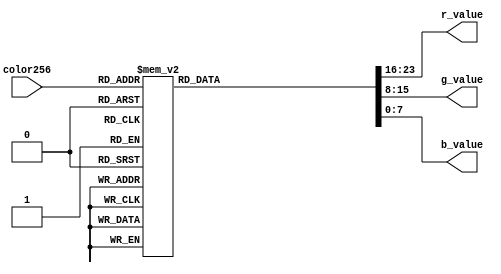
module ColorConverter (
    input wire[7:0] color256,

    output wire [7:0] r_value,
    output wire [7:0] g_value,
    output wire [7:0] b_value
);

    reg [23:0] color_24_bit;

    assign r_value = color_24_bit[23:16];
    assign g_value = color_24_bit[15:8];
    assign b_value = color_24_bit[7:0];

    always @(*) begin
        case (color256)
            0: color_24_bit = 24'hffffff;
            1: color_24_bit = 24'hffffcc;
            2: color_24_bit = 24'hffff99;
            3: color_24_bit = 24'hffff66;
            4: color_24_bit = 24'hffff33;
            5: color_24_bit = 24'hffff00;
            6: color_24_bit = 24'hffccff;
            7: color_24_bit = 24'hffcccc;
            8: color_24_bit = 24'hffcc99;
            9: color_24_bit = 24'hffcc66;
            10: color_24_bit = 24'hffcc33;
            11: color_24_bit = 24'hffcc00;
            12: color_24_bit = 24'hff99ff;
            13: color_24_bit = 24'hff99cc;
            14: color_24_bit = 24'hff9999;
            15: color_24_bit = 24'hff9966;
            16: color_24_bit = 24'hff9933;
            17: color_24_bit = 24'hff9900;
            18: color_24_bit = 24'hff66ff;
            19: color_24_bit = 24'hff66cc;
            20: color_24_bit = 24'hff6699;
            21: color_24_bit = 24'hff6666;
            22: color_24_bit = 24'hff6633;
            23: color_24_bit = 24'hff6600;
            24: color_24_bit = 24'hff33ff;
            25: color_24_bit = 24'hff33cc;
            26: color_24_bit = 24'hff3399;
            27: color_24_bit = 24'hff3366;
            28: color_24_bit = 24'hff3333;
            29: color_24_bit = 24'hff3300;
            30: color_24_bit = 24'hff00ff;
            31: color_24_bit = 24'hff00cc;
            32: color_24_bit = 24'hff0099;
            33: color_24_bit = 24'hff0066;
            34: color_24_bit = 24'hff0033;
            35: color_24_bit = 24'hff0000;
            36: color_24_bit = 24'hccffff;
            37: color_24_bit = 24'hccffcc;
            38: color_24_bit = 24'hccff99;
            39: color_24_bit = 24'hccff66;
            40: color_24_bit = 24'hccff33;
            41: color_24_bit = 24'hccff00;
            42: color_24_bit = 24'hccccff;
            43: color_24_bit = 24'hcccccc;
            44: color_24_bit = 24'hcccc99;
            45: color_24_bit = 24'hcccc66;
            46: color_24_bit = 24'hcccc33;
            47: color_24_bit = 24'hcccc00;
            48: color_24_bit = 24'hcc99ff;
            49: color_24_bit = 24'hcc99cc;
            50: color_24_bit = 24'hcc9999;
            51: color_24_bit = 24'hcc9966;
            52: color_24_bit = 24'hcc9933;
            53: color_24_bit = 24'hcc9900;
            54: color_24_bit = 24'hcc66ff;
            55: color_24_bit = 24'hcc66cc;
            56: color_24_bit = 24'hcc6699;
            57: color_24_bit = 24'hcc6666;
            58: color_24_bit = 24'hcc6633;
            59: color_24_bit = 24'hcc6600;
            60: color_24_bit = 24'hcc33ff;
            61: color_24_bit = 24'hcc33cc;
            62: color_24_bit = 24'hcc3399;
            63: color_24_bit = 24'hcc3366;
            64: color_24_bit = 24'hcc3333;
            65: color_24_bit = 24'hcc3300;
            66: color_24_bit = 24'hcc00ff;
            67: color_24_bit = 24'hcc00cc;
            68: color_24_bit = 24'hcc0099;
            69: color_24_bit = 24'hcc0066;
            70: color_24_bit = 24'hcc0033;
            71: color_24_bit = 24'hcc0000;
            72: color_24_bit = 24'h99ffff;
            73: color_24_bit = 24'h99ffcc;
            74: color_24_bit = 24'h99ff99;
            75: color_24_bit = 24'h99ff66;
            76: color_24_bit = 24'h99ff33;
            77: color_24_bit = 24'h99ff00;
            78: color_24_bit = 24'h99ccff;
            79: color_24_bit = 24'h99cccc;
            80: color_24_bit = 24'h99cc99;
            81: color_24_bit = 24'h99cc66;
            82: color_24_bit = 24'h99cc33;
            83: color_24_bit = 24'h99cc00;
            84: color_24_bit = 24'h9999ff;
            85: color_24_bit = 24'h9999cc;
            86: color_24_bit = 24'h999999;
            87: color_24_bit = 24'h999966;
            88: color_24_bit = 24'h999933;
            89: color_24_bit = 24'h999900;
            90: color_24_bit = 24'h9966ff;
            91: color_24_bit = 24'h9966cc;
            92: color_24_bit = 24'h996699;
            93: color_24_bit = 24'h996666;
            94: color_24_bit = 24'h996633;
            95: color_24_bit = 24'h996600;
            96: color_24_bit = 24'h9933ff;
            97: color_24_bit = 24'h9933cc;
            98: color_24_bit = 24'h993399;
            99: color_24_bit = 24'h993366;
            100: color_24_bit = 24'h993333;
            101: color_24_bit = 24'h993300;
            102: color_24_bit = 24'h9900ff;
            103: color_24_bit = 24'h9900cc;
            104: color_24_bit = 24'h990099;
            105: color_24_bit = 24'h990066;
            106: color_24_bit = 24'h990033;
            107: color_24_bit = 24'h990000;
            108: color_24_bit = 24'h66ffff;
            109: color_24_bit = 24'h66ffcc;
            110: color_24_bit = 24'h66ff99;
            111: color_24_bit = 24'h66ff66;
            112: color_24_bit = 24'h66ff33;
            113: color_24_bit = 24'h66ff00;
            114: color_24_bit = 24'h66ccff;
            115: color_24_bit = 24'h66cccc;
            116: color_24_bit = 24'h66cc99;
            117: color_24_bit = 24'h66cc66;
            118: color_24_bit = 24'h66cc33;
            119: color_24_bit = 24'h66cc00;
            120: color_24_bit = 24'h6699ff;
            121: color_24_bit = 24'h6699cc;
            122: color_24_bit = 24'h669999;
            123: color_24_bit = 24'h669966;
            124: color_24_bit = 24'h669933;
            125: color_24_bit = 24'h669900;
            126: color_24_bit = 24'h6666ff;
            127: color_24_bit = 24'h6666cc;
            128: color_24_bit = 24'h666699;
            129: color_24_bit = 24'h666666;
            130: color_24_bit = 24'h666633;
            131: color_24_bit = 24'h666600;
            132: color_24_bit = 24'h6633ff;
            133: color_24_bit = 24'h6633cc;
            134: color_24_bit = 24'h663399;
            135: color_24_bit = 24'h663366;
            136: color_24_bit = 24'h663333;
            137: color_24_bit = 24'h663300;
            138: color_24_bit = 24'h6600ff;
            139: color_24_bit = 24'h6600cc;
            140: color_24_bit = 24'h660099;
            141: color_24_bit = 24'h660066;
            142: color_24_bit = 24'h660033;
            143: color_24_bit = 24'h660000;
            144: color_24_bit = 24'h33ffff;
            145: color_24_bit = 24'h33ffcc;
            146: color_24_bit = 24'h33ff99;
            147: color_24_bit = 24'h33ff66;
            148: color_24_bit = 24'h33ff33;
            149: color_24_bit = 24'h33ff00;
            150: color_24_bit = 24'h33ccff;
            151: color_24_bit = 24'h33cccc;
            152: color_24_bit = 24'h33cc99;
            153: color_24_bit = 24'h33cc66;
            154: color_24_bit = 24'h33cc33;
            155: color_24_bit = 24'h33cc00;
            156: color_24_bit = 24'h3399ff;
            157: color_24_bit = 24'h3399cc;
            158: color_24_bit = 24'h339999;
            159: color_24_bit = 24'h339966;
            160: color_24_bit = 24'h339933;
            161: color_24_bit = 24'h339900;
            162: color_24_bit = 24'h3366ff;
            163: color_24_bit = 24'h3366cc;
            164: color_24_bit = 24'h336699;
            165: color_24_bit = 24'h336666;
            166: color_24_bit = 24'h336633;
            167: color_24_bit = 24'h336600;
            168: color_24_bit = 24'h3333ff;
            169: color_24_bit = 24'h3333cc;
            170: color_24_bit = 24'h333399;
            171: color_24_bit = 24'h333366;
            172: color_24_bit = 24'h333333;
            173: color_24_bit = 24'h333300;
            174: color_24_bit = 24'h3300ff;
            175: color_24_bit = 24'h3300cc;
            176: color_24_bit = 24'h330099;
            177: color_24_bit = 24'h330066;
            178: color_24_bit = 24'h330033;
            179: color_24_bit = 24'h330000;
            180: color_24_bit = 24'h00ffff;
            181: color_24_bit = 24'h00ffcc;
            182: color_24_bit = 24'h00ff99;
            183: color_24_bit = 24'h00ff66;
            184: color_24_bit = 24'h00ff33;
            185: color_24_bit = 24'h00ff00;
            186: color_24_bit = 24'h00ccff;
            187: color_24_bit = 24'h00cccc;
            188: color_24_bit = 24'h00cc99;
            189: color_24_bit = 24'h00cc66;
            190: color_24_bit = 24'h00cc33;
            191: color_24_bit = 24'h00cc00;
            192: color_24_bit = 24'h0099ff;
            193: color_24_bit = 24'h0099cc;
            194: color_24_bit = 24'h009999;
            195: color_24_bit = 24'h009966;
            196: color_24_bit = 24'h009933;
            197: color_24_bit = 24'h009900;
            198: color_24_bit = 24'h0066ff;
            199: color_24_bit = 24'h0066cc;
            200: color_24_bit = 24'h006699;
            201: color_24_bit = 24'h006666;
            202: color_24_bit = 24'h006633;
            203: color_24_bit = 24'h006600;
            204: color_24_bit = 24'h0033ff;
            205: color_24_bit = 24'h0033cc;
            206: color_24_bit = 24'h003399;
            207: color_24_bit = 24'h003366;
            208: color_24_bit = 24'h003333;
            209: color_24_bit = 24'h003300;
            210: color_24_bit = 24'h0000ff;
            211: color_24_bit = 24'h0000cc;
            212: color_24_bit = 24'h000099;
            213: color_24_bit = 24'h000066;
            214: color_24_bit = 24'h000033;
            215: color_24_bit = 24'hee0000;
            216: color_24_bit = 24'hdd0000;
            217: color_24_bit = 24'hbb0000;
            218: color_24_bit = 24'haa0000;
            219: color_24_bit = 24'h880000;
            220: color_24_bit = 24'h770000;
            221: color_24_bit = 24'h550000;
            222: color_24_bit = 24'h440000;
            223: color_24_bit = 24'h220000;
            224: color_24_bit = 24'h110000;
            225: color_24_bit = 24'h00ee00;
            226: color_24_bit = 24'h00dd00;
            227: color_24_bit = 24'h00bb00;
            228: color_24_bit = 24'h00aa00;
            229: color_24_bit = 24'h008800;
            230: color_24_bit = 24'h007700;
            231: color_24_bit = 24'h005500;
            232: color_24_bit = 24'h004400;
            233: color_24_bit = 24'h002200;
            234: color_24_bit = 24'h001100;
            235: color_24_bit = 24'h0000ee;
            236: color_24_bit = 24'h0000dd;
            237: color_24_bit = 24'h0000bb;
            238: color_24_bit = 24'h0000aa;
            239: color_24_bit = 24'h000088;
            240: color_24_bit = 24'h000077;
            241: color_24_bit = 24'h000055;
            242: color_24_bit = 24'h000044;
            243: color_24_bit = 24'h000022;
            244: color_24_bit = 24'h000011;
            245: color_24_bit = 24'heeeeee;
            246: color_24_bit = 24'hdddddd;
            247: color_24_bit = 24'hbbbbbb;
            248: color_24_bit = 24'haaaaaa;
            249: color_24_bit = 24'h888888;
            250: color_24_bit = 24'h777777;
            251: color_24_bit = 24'h555555;
            252: color_24_bit = 24'h444444;
            253: color_24_bit = 24'h222222;
            254: color_24_bit = 24'h111111;
            255: color_24_bit = 24'h000000;
            default:  color_24_bit = 24'heeeeee;
        endcase
    end

    
endmodule